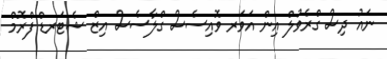
ނައު ދިސް ގްރެވުލް އިން އަވަރ ވޮއިސެސް ގްލާސެސް އިޒް ޝެޓަރޑް ފްރޮމް